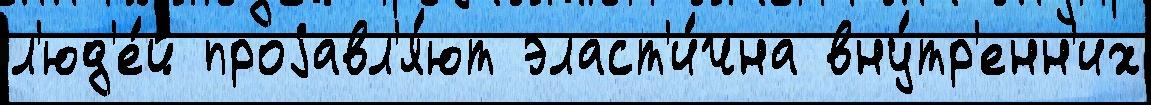
л'юд'е́й проjавл'я́ют эласт'и́чна вну́тр'енн'их